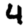
Digit: 4